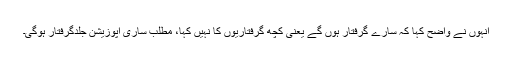
انہوں نے واضح کہا کہ سارے گرفتار ہوں گے یعنی کچھ گرفتاریوں کا نہیں کہا، مطلب ساری اپوزیشن جلدگرفتار ہوگی۔